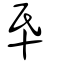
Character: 氒